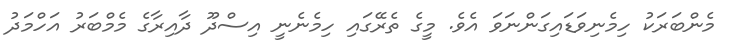
މެންބަރަކު ހިމެނިވަޑައިގަންނަވަ އެެވެ. މީގެ ތެރޭގައި ހިމެނެނީ އިސްދޫ ދާއިރާގެ މެމްބަރު އަހްމަދު